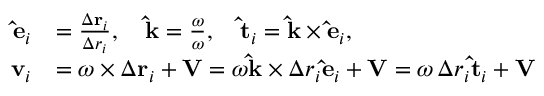
{ \begin{array} { r l } { \mathbf { \hat { e } } _ { i } } & { = { \frac { \Delta \mathbf { r } _ { i } } { \Delta r _ { i } } } , \quad \mathbf { \hat { k } } = { \frac { \boldsymbol { \omega } } { \omega } } , \quad \mathbf { \hat { t } } _ { i } = \mathbf { \hat { k } } \times \mathbf { \hat { e } } _ { i } , } \\ { \mathbf { v } _ { i } } & { = { \boldsymbol { \omega } } \times \Delta \mathbf { r } _ { i } + \mathbf { V } = \omega \mathbf { \hat { k } } \times \Delta r _ { i } \mathbf { \hat { e } } _ { i } + \mathbf { V } = \omega \, \Delta r _ { i } \mathbf { \hat { t } } _ { i } + \mathbf { V } } \end{array} }